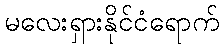
မလေးရှားနိုင်ငံရောက်